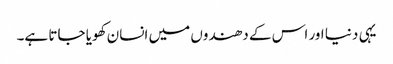
یہی دنیا اور اس کے دھندوں میں انسان کھویا جاتا ہے۔